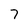
Character: 7